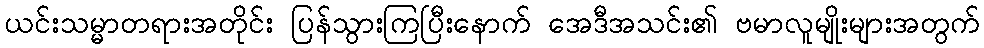
ယင်းသမ္မာတရားအတိုင်း ပြန်သွားကြပြီးနောက် အေဒီအသင်း၏ ဗမာလူမျိုးများအတွက်